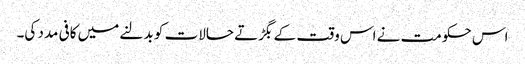
اس حکومت نے اس وقت کے بگڑتے حالات کو بدلنے میں کافی مدد کی۔